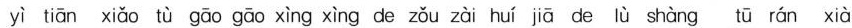
yì tiān xiǎo tù gāo gāo xìng xìng de zǒu zài huí jiā de lù shàng tū rán xià